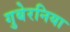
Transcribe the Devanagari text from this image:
गुबेरनिया